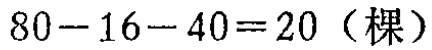
\(80 - 16 - 40 = 20（棵）\)